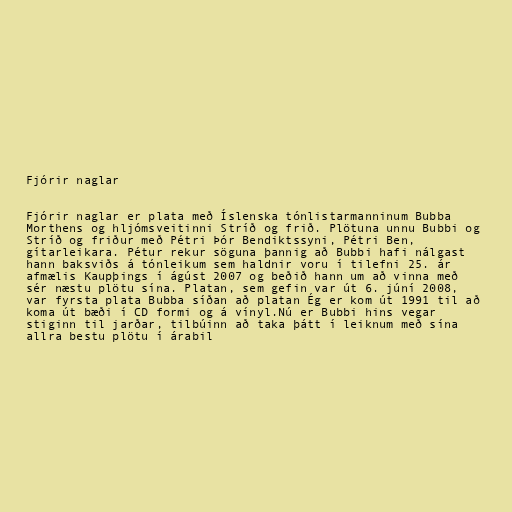
Fjórir naglar

Fjórir naglar er plata með Íslenska tónlistarmanninum Bubba
Morthens og hljómsveitinni Stríð og frið. Plötuna unnu Bubbi og
Stríð og friður með Pétri Þór Bendiktssyni, Pétri Ben,
gítarleikara. Pétur rekur söguna þannig að Bubbi hafi nálgast
hann baksviðs á tónleikum sem haldnir voru í tilefni 25. ár
afmælis Kaupþings í ágúst 2007 og beðið hann um að vinna með
sér næstu plötu sína. Platan, sem gefin var út 6. júní 2008,
var fyrsta plata Bubba síðan að platan Ég er kom út 1991 til að
koma út bæði í CD formi og á vínyl.Nú er Bubbi hins vegar
stiginn til jarðar, tilbúinn að taka þátt í leiknum með sína
allra bestu plötu í árabil